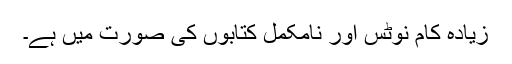
زیادہ کام نوٹس اور نامکمل کتابوں کی صورت میں ہے۔